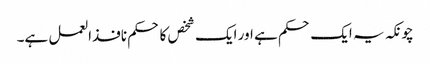
چونکہ یہ ایک حکم ہے اور ایک شخص کا حکم نافذالعمل ہے۔